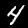
Label: 4